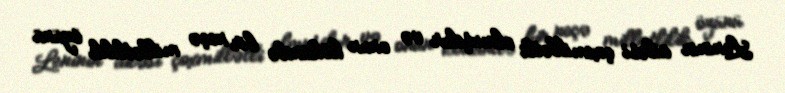
Leninin ailəsi çoxmillətli olmuşdur və onun kökündə bir neçə millətlilik özünü